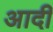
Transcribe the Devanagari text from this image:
अादी